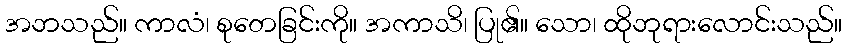
အဘသည်။ ကာလံ၊ စုတေခြင်းကို။ အကာသိ၊ ပြု၏။ သော၊ ထိုဘုရားလောင်းသည်။